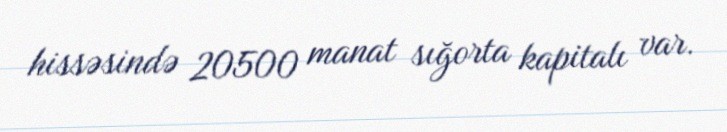
hissəsində 20500 manat sığorta kapitalı var.